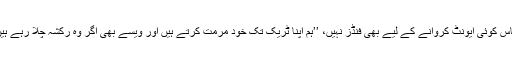
وقار علی کا کہنا تھا کہ فیڈریشن کے پاس کوئی ایونٹ کروانے کے لیے بھی فنڈز نہیں، ’’ہم اپنا ٹریک تک خود مرمت کرتے ہیں اور ویسے بھی اگر وہ رکشہ چلا رہے ہیں تو کام کرنے میں کوئی مضائقہ نہیں۔